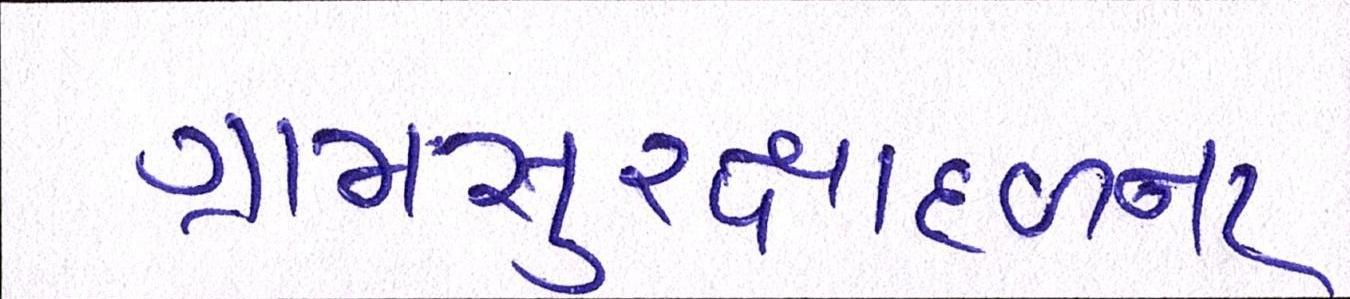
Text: ગ્રામસુરક્ષાદળના